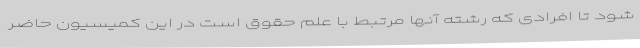
شود تا افرادی که رشته آنها مرتبط با علم حقوق است در این کمیسیون حاضر